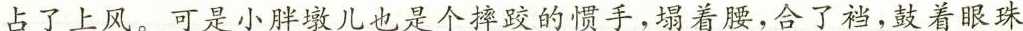
占了上风。可是小胖墩儿也是个摔跤的惯手，塌着腰，合了裆，鼓着眼珠